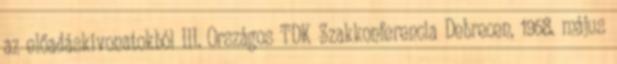
az előadáskivonatokból III. Országos TDK Szakkonferencia Debrecen, 1958. május